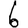
Digit: 6